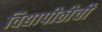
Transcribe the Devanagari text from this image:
विद्यापीठीची